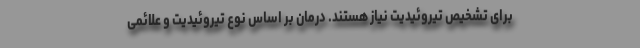
برای تشخیص تیروئیدیت نیاز هستند. درمان بر اساس نوع تیروئیدیت و علائمی